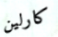
كارلين